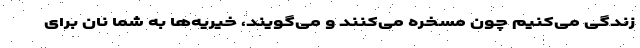
زندگی می‌کنیم چون مسخره می‌کنند و می‌گویند، خیریه‌ها به شما نان برای